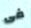
فى